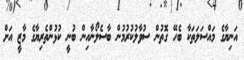
އަނިޔާގެ މައްސަލަތަކާ ބެހޭ ގޮތުން ސުވާލުކުރުމުން ބާސެލޯނާއިން ބުނީ ކުޅުންތެރިޔާގެ މާޒީ އަށް